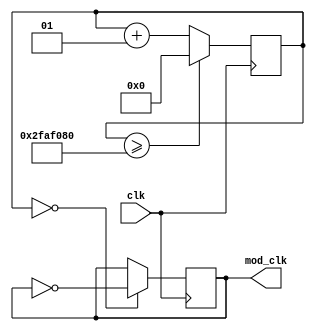
`timescale 1ns / 1ps

module clock(
	input clk,				// Master Clock
	output reg mod_clk 		// Custom clock value in ms
);

	integer count;
	
	parameter master_clk_frq = 100000000;     // Master Clock in Hz
	parameter clk_period = 1000;			// Clock Period in ms

	localparam cycle = (master_clk_frq/1000*clk_period/2);
	
	initial count <= 0;
	
	always @(posedge clk) begin
		count <= count >= cycle ? 0 : count + 1;
		if(count == 0)
			mod_clk <= ~mod_clk;
	end

endmodule